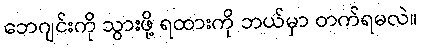
ဘေဂျင်းကို သွားဖို့ ရထားကို ဘယ်မှာ တက်ရမလဲ။